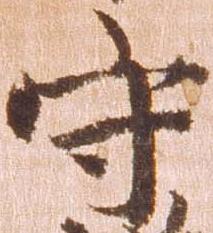
守